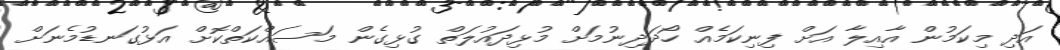
އަދި މިކަމުން އާއިލާ އަށް ފިނިކަމެއް ހޯދަދިނުމަށް މުޅިދައުލަތް ގުޅިގެން މަސައްކަތްކޮށް އަޅުގަނޑުމެނަށް